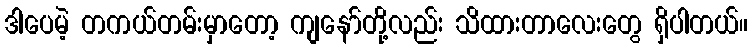
ဒါပေမဲ့ တကယ်တမ်းမှာတော့ ကျနော်တို့လည်း သိထားတာလေးတွေ ရှိပါတယ်။